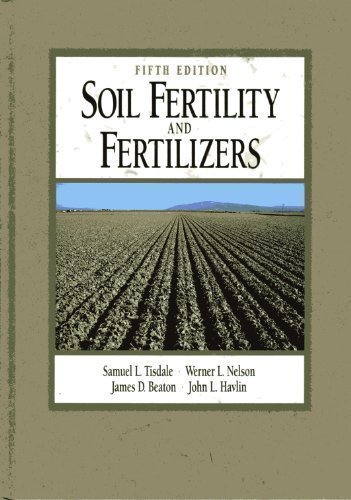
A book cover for Soil Fertility and Fertilizers; Samuel L. Tisdale; Crafts, Hobbies & Home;